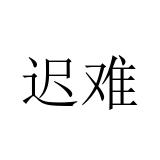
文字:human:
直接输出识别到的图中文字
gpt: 迟难